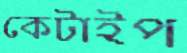
কেটাইপ